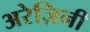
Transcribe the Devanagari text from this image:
अरेज़िनी